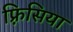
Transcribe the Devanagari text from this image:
फ़्रिसिया